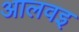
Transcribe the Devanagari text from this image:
आलवइ